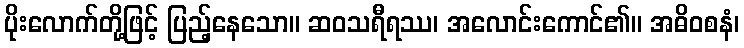
ပိုးလောက်တို့ဖြင့် ပြည့်နေသော။ ဆဝသရီရဿ၊ အလောင်းကောင်၏။ အဓိဝစနံ၊